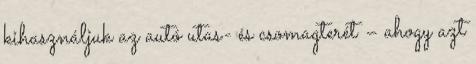
kihasználjuk az autó utas- és csomagterét – ahogy azt